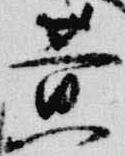
黄